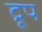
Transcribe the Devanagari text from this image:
द्रूप